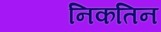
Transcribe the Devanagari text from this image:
निकतिन